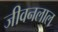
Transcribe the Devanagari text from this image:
जीवनलाल